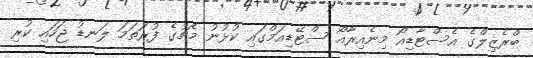
ބްރެޒިލްގެ އެސްޓާޑިއޯ މިނެއިރާއޯ ސްޓޭޑިއަމްގައި ކުޅުނު މެޗުގެ ފުރަތަމަ ލަނޑު ޖަހައި ކުރި